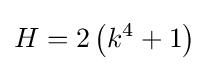
H=2\left(k^{4}+1\right)